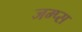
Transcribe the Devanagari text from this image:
जम्प्स